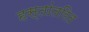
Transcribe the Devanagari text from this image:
हस्‍तांतरित